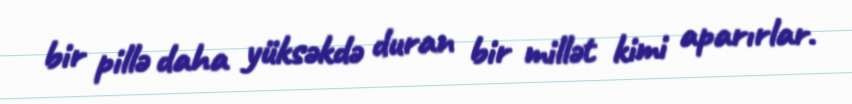
bir pillə daha yüksəkdə duran bir millət kimi aparırlar.